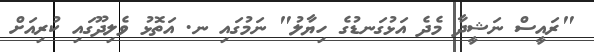
"ރައީސް ނަޝީދާ މެދެ އަޅުގަނޑުގެ ހިޔާލު" ނަމުގައި ނ. އަތޮޅު ވެލިދޫގައި ކުރިއަށް